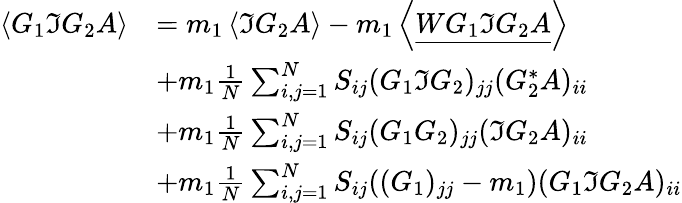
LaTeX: \begin{array}{rl}{\left\langle{G_{1}\Im G_{2}A}\right\rangle}&{=m_{1}\left\langle{\Im G_{2}A}\right\rangle-m_{1}\left\langle{\underline{{WG_{1}\Im G_{2}A}}}\right\rangle}\\ &{+m_{1}\frac{1}{N}\sum_{i,j=1}^{N}S_{ij}(G_{1}\Im G_{2})_{jj}(G_{2}^{*}A)_{ii}}\\ &{+m_{1}\frac{1}{N}\sum_{i,j=1}^{N}S_{ij}(G_{1}G_{2})_{jj}(\Im G_{2}A)_{ii}}\\ &{+m_{1}\frac{1}{N}\sum_{i,j=1}^{N}S_{ij}((G_{1})_{jj}-m_{1})(G_{1}\Im G_{2}A)_{ii}}\end{array}